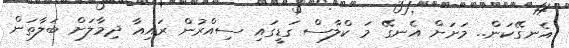
އެނގޭކަން.. މަށަށް އެނގޭ މަ ކްލާސް ގަޑީގައި ސިއްރުން ރައިއާ ދިމާލަށް ބަލާތަން